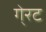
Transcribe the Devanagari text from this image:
गे्रट